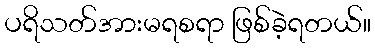
ပရိသတ်အားမရစရာ ဖြစ်ခဲ့ရတယ်။